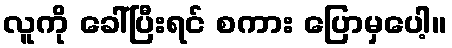
လူကို ခေါ်ပြီးရင် စကား ပြောမှပေါ့။